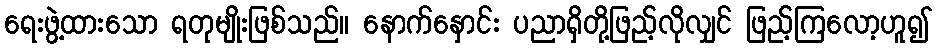
ရေးဖွဲ့ထားသော ရတုမျိုးဖြစ်သည်။ နောက်နှောင်း ပညာရှိတို့ဖြည့်လိုလျှင် ဖြည့်ကြလော့ဟူ၍